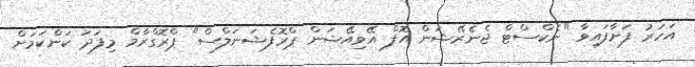
އަހަރު ފަށާފައިވާ "ނެކްސްޓް ޖެނެރޭޝަން އޮފް އޭވިއޭޝަން ޕްރޮފެޝަނަލްސް" ޕްރޮގްރާމް މިފަދަ ކަންކަމަށް